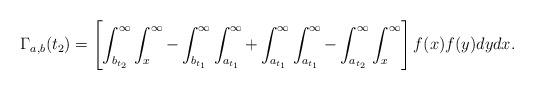
LaTeX: \begin{align*}\Gamma_{a,b}(t_2)=\left[\int_{b_{t_2}}^\infty \int_x^\infty-\int_{b_{t_1}}^\infty \int_{a_{t_1}}^\infty+ \int_{a_{t_1}}^\infty\int_{a_{t_1}}^\infty-\int_{a_{t_2}}^\infty\int_x^\infty\right]f(x)f(y)dydx.\end{align*}